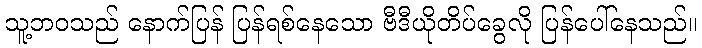
သူ့ဘဝသည် နောက်ပြန် ပြန်ရစ်နေသော ဗီဒီယိုတိပ်ခွေလို ပြန်ပေါ်နေသည်။